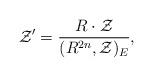
LaTeX: \begin{align*}{\cal Z}'=\frac{R\cdot {\cal Z}}{(R^{2n},{\cal Z})_{E}},\end{align*}